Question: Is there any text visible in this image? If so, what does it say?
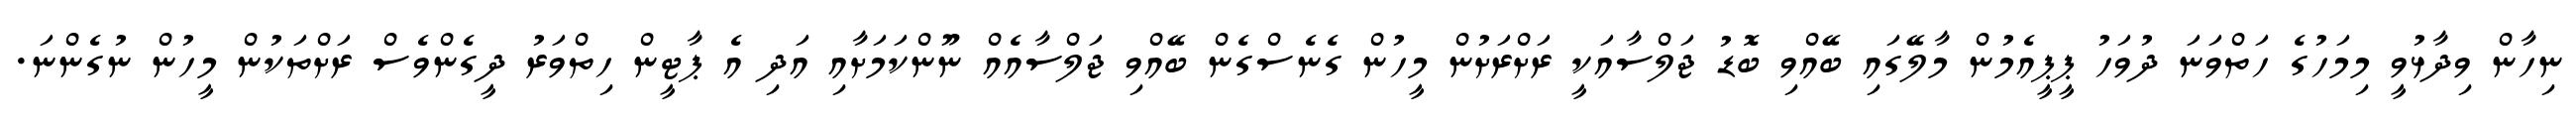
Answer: ނިހާން ވިދާޅުވީ މިމަހުގެ ހަތްވަނަ ދުވަހު ޕީޕީއެމުން މާލޭގައި ބޭއްވި ބޮޑު ޖަލްސާއަކީ ރަށްރަށުން މީހުން ގެނެސްގެން ބޭއްވި ޖަލްސާއެއް ނޫންކަމަށާއި އަދި އެ ޕާޓީން ހިތްވަރު ދީގެންވެސް ރަށްތަކުން މީހުން ނުގެންނަ.